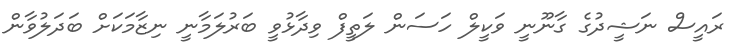
ރައީސް ނަޝީދުގެ ގާނޫނީ ވަކީލް ހަސަން ލަތީފް ވިދާޅުވީ ބަރުލަމާނީ ނިޒާމަކަށް ބަދަލުވާން